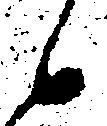
候